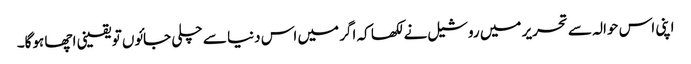
اپنی اس حوالہ سے تحریر میں روشیل نے لکھا کہ اگر میں اس دنیا سے چلی جائوں تو یقینی اچھا ہوگا۔